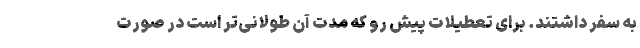
به سفر داشتند. برای تعطیلات پیش رو که مدت آن طولانی‌تر است در صورت